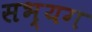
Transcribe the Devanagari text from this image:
सभ्यग